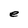
Character: e